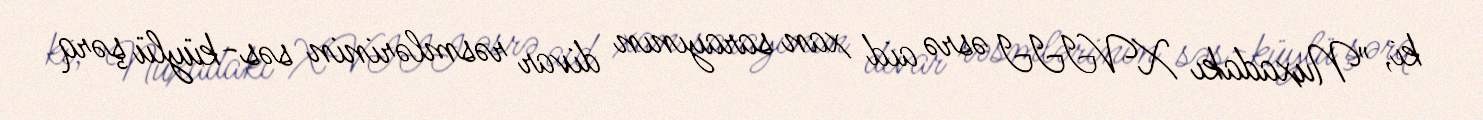
ki, "Nuxadakı XVIII əsrə aid xan sarayının divar rəsmlərinin səs-küylü şərq